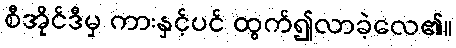
စီအိုင်ဒီမှ ကားနှင့်ပင် ထွက်၍လာခဲ့လေ၏။